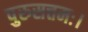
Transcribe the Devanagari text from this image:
पुरुसत्तमः।